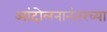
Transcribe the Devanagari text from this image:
आंदोलनानंतरच्या